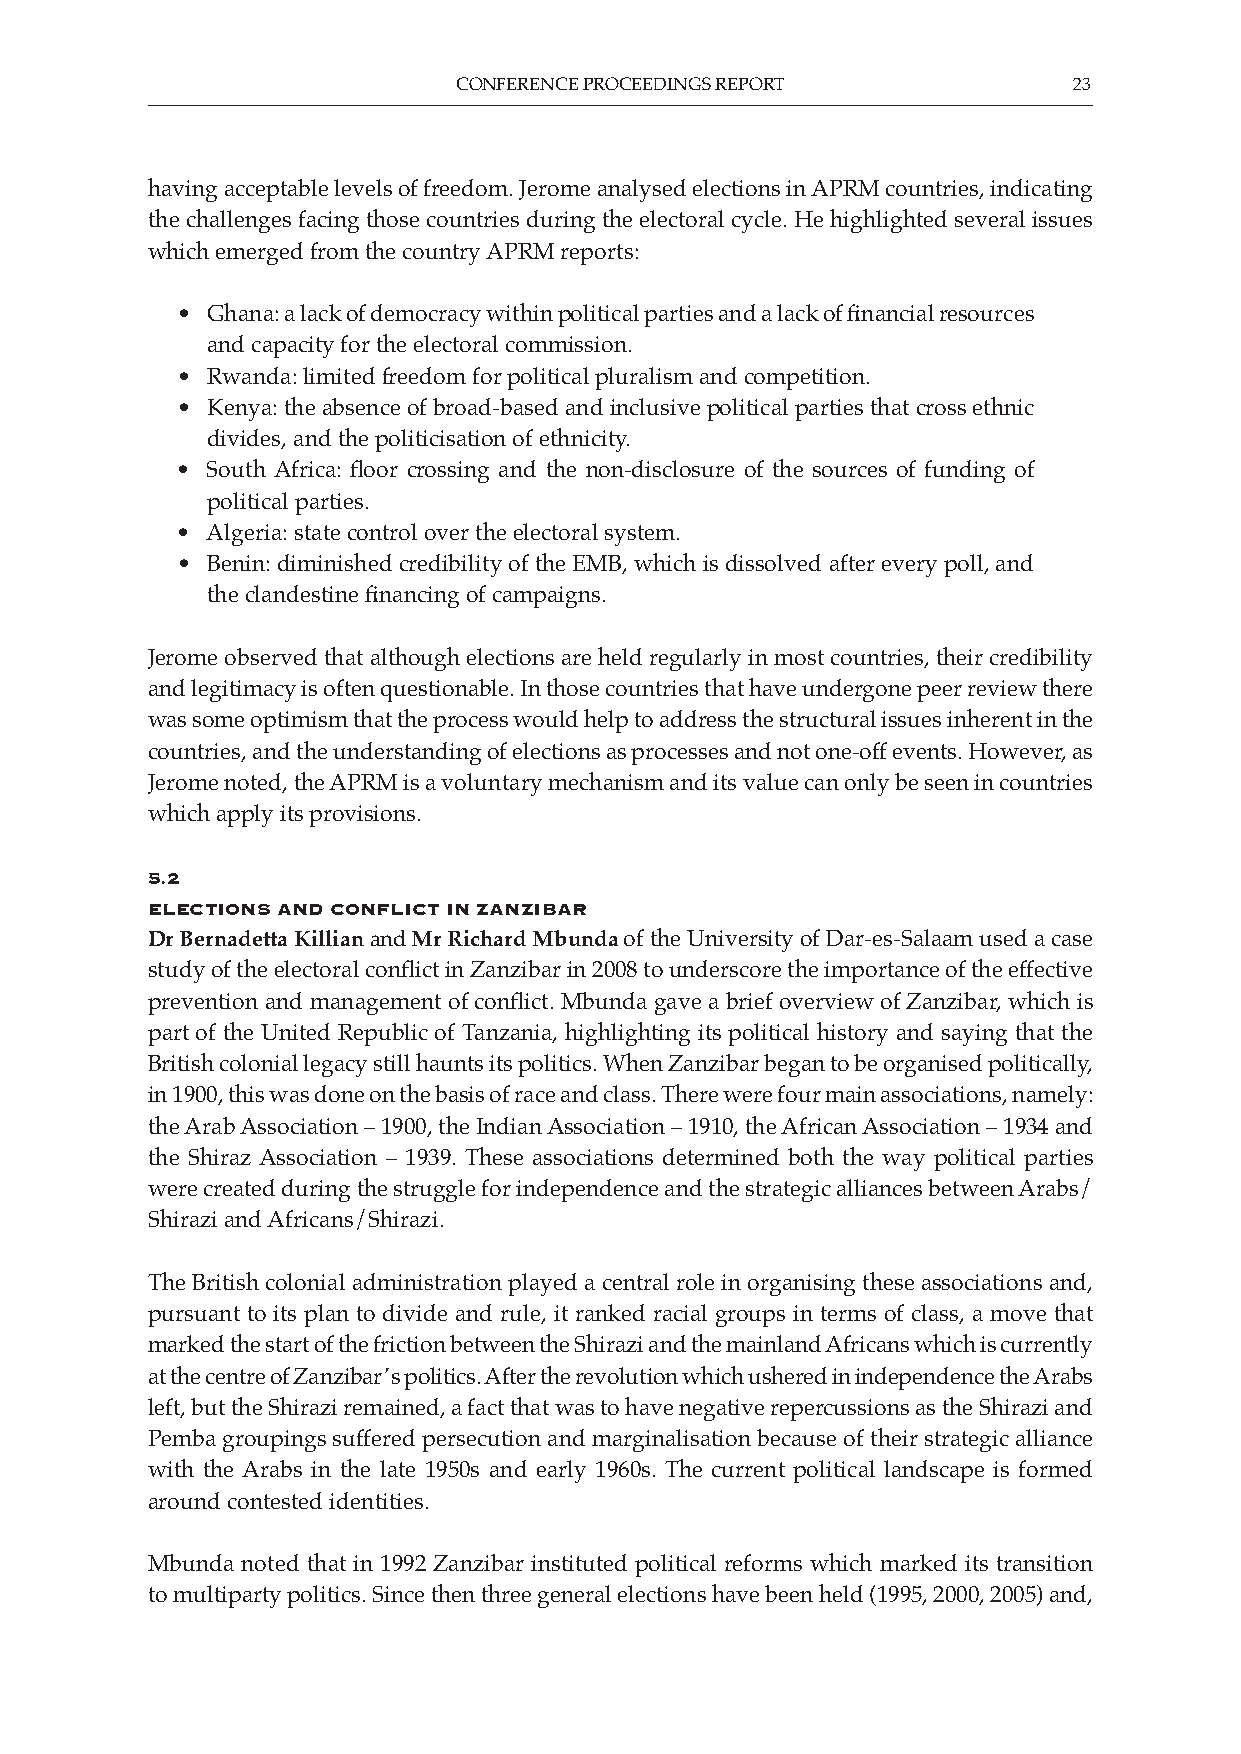
CONFERENCE PROCEEDINGS REPORT            23
 having acceptable levels of freedom. Jerome analysed elections in APRM countries, indicating
 the challenges facing those countries during the electoral cycle. He highlighted several issues
 which emerged from the country APRM reports:
 • Ghana: a lack of democracy within political parties and a lack of financial resources
 and capacity for the electoral commission.
 • Rwanda: limited freedom for political pluralism and competition.
 • Kenya: the absence of broad-based and inclusive political parties that cross ethnic
 divides, and the politicisation of ethnicity.
 • South Africa: floor crossing and the non-disclosure of the sources of funding of
 political parties.
 • Algeria: state control over the electoral system.
 • Benin: diminished credibility of the EMB, which is dissolved after every poll, and
 the clandestine financing of campaigns.
 Jerome observed that although elections are held regularly in most countries, their credibility
 and legitimacy is often questionable. In those countries that have undergone peer review there
 was some optimism that the process would help to address the structural issues inherent in the
 countries, and the understanding of elections as processes and not one-off events. However, as
 Jerome noted, the APRM is a voluntary mechanism and its value can only be seen in countries
 which apply its provisions.
 5.2
 eleCtions and ConfliCt in ZanZibar
 Dr Bernadetta Killian and Mr Richard Mbunda of the University of Dar-es-Salaam used a case
 study of the electoral conflict in Zanzibar in 2008 to underscore the importance of the effective
 prevention and management of conflict. Mbunda gave a brief overview of Zanzibar, which is
 part of the United Republic of Tanzania, highlighting its political history and saying that the
 British colonial legacy still haunts its politics. When Zanzibar began to be organised politically,
 in 1900, this was done on the basis of race and class. There were four main associations, namely:
 the Arab Association – 1900, the Indian Association – 1910, the African Association – 1934 and
 the Shiraz Association – 1939. These associations determined both the way political parties
 were created during the struggle for independence and the strategic alliances between Arabs/
 Shirazi and Africans/Shirazi.
 The British colonial administration played a central role in organising these associations and,
 pursuant to its plan to divide and rule, it ranked racial groups in terms of class, a move that
 marked the start of the friction between the Shirazi and the mainland Africans which is currently
 at the centre of Zanzibar’s politics. After the revolution which ushered in independence the Arabs
 left, but the Shirazi remained, a fact that was to have negative repercussions as the Shirazi and
 Pemba groupings suffered persecution and marginalisation because of their strategic alliance
 with the Arabs in the late 1950s and early 1960s. The current political landscape is formed
 around contested identities.
 Mbunda noted that in 1992 Zanzibar instituted political reforms which marked its transition
 to multiparty politics. Since then three general elections have been held (1995, 2000, 2005) and,